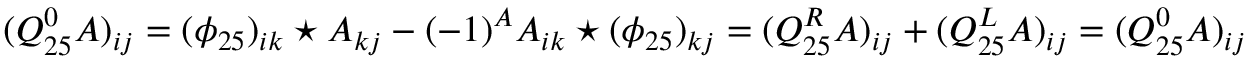
( Q _ { 2 5 } ^ { 0 } A ) _ { i j } = ( \phi _ { 2 5 } ) _ { i k } \star A _ { k j } - ( - 1 ) ^ { A } A _ { i k } \star ( \phi _ { 2 5 } ) _ { k j } = ( Q _ { 2 5 } ^ { R } A ) _ { i j } + ( Q _ { 2 5 } ^ { L } A ) _ { i j } = ( Q _ { 2 5 } ^ { 0 } A ) _ { i j }